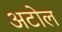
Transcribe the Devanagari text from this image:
अटोल